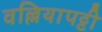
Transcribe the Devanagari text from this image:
वल्लियापट्टी